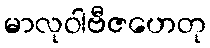
မာလုဝါဗီဇဟေတု